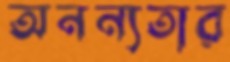
অনন্যতার